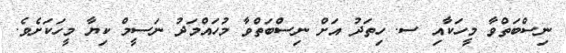
ނިސްބަތްވާ މީހަކާއި ސ. ހިތަދު އަށް ނިސްބަތްވާ މުހައްމަދު ނަސީމް ކިޔާ މީހަކަށެވެ.